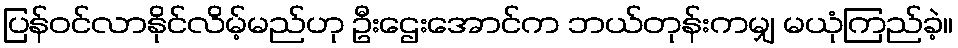
ပြန်ဝင်လာနိုင်လိမ့်မည်ဟု ဦးဌေးအောင်က ဘယ်တုန်းကမျှ မယုံကြည်ခဲ့။